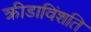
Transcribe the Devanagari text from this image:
क्रीडाविंशति